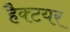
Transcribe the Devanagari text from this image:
हैक्टयर